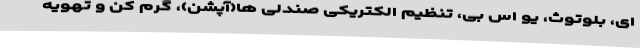
ای، بلوتوث، یو اس بی، تنظیم الکتریکی صندلی ها(آپشن)، گرم کن و تهویه